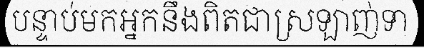
បន្ទាប់មកអ្នកនឹងពិតជាស្រឡាញ់ទា